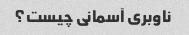
ناوبری آسمانی چیست؟